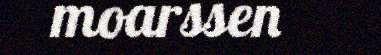
moarssen